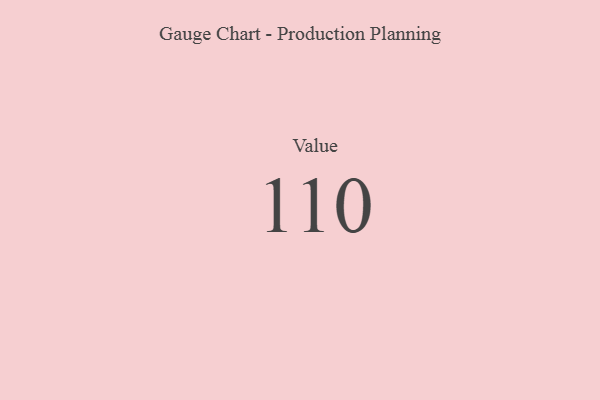
{"axis": {"x": "Metric", "y": "Value"}, "legend": [""], "data": [{"x": "Value", "y": 110, "type": ""}]}